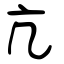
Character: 亢